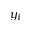
y _ { i }